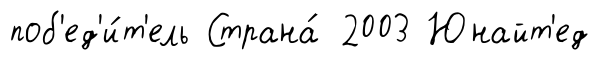
поб'ед'и́т'ель Страна́ 2003 Юнайт'ед